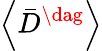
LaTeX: \left\langle{{{\bar{D}}^{\dag}}}\right\rangle